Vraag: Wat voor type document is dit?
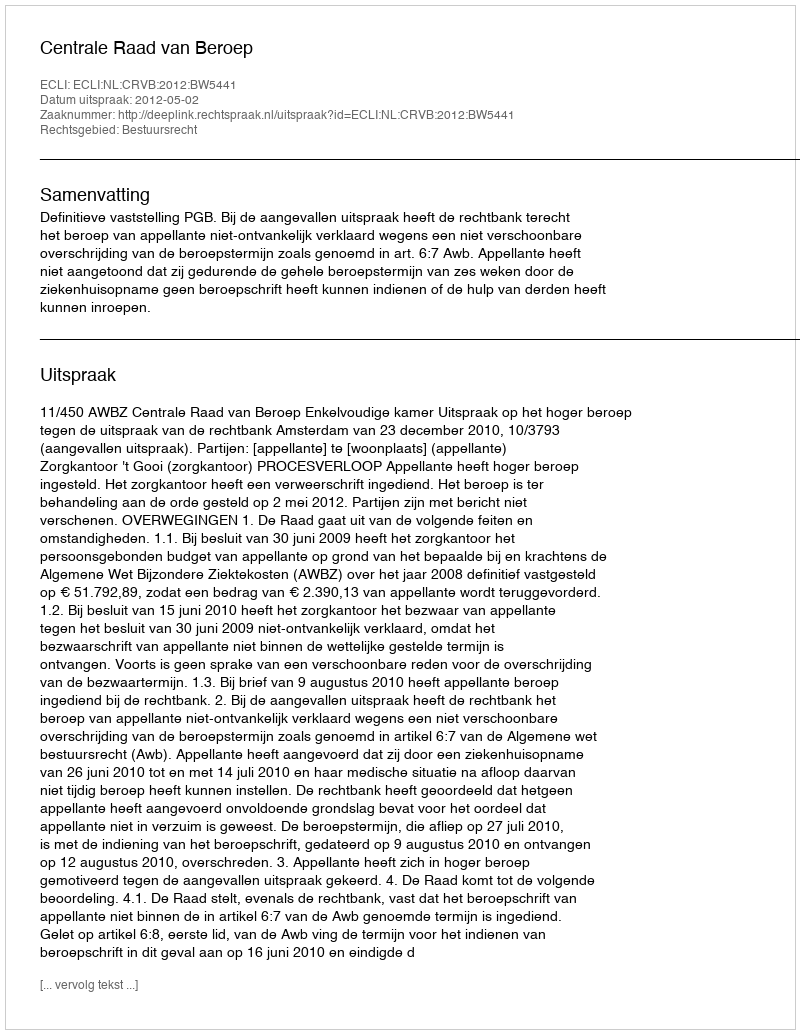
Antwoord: Uitspraak